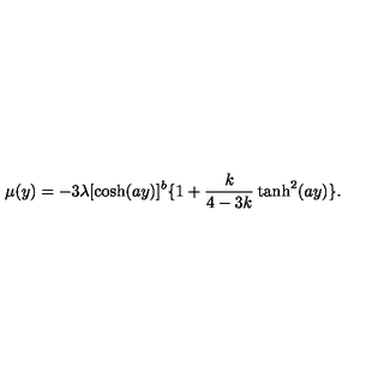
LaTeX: \mu ( y ) = - 3 \lambda [ \cosh ( a y ) ] ^ { b } \{ 1 + \frac { k } { 4 - 3 k } \tanh ^ { 2 } ( a y ) \} .